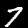
Label: 7